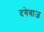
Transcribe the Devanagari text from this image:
दगेबाज